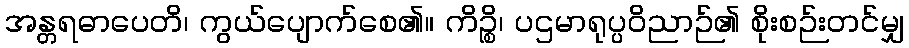
အန္တရဓာပေတိ၊ ကွယ်ပျောက်စေ၏။ ကိဉ္စိ၊ ပဌမာရုပ္ပဝိညာဉ်၏ စိုးစဉ်းတင်မျှ